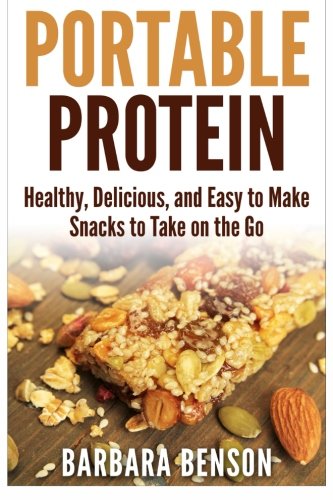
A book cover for Portable Protein: Healthy, Delicious, and Easy to Make Snacks to Take on the Go; Barbara Benson; Cookbooks, Food & Wine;